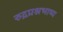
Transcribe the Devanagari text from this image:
रुद्रप्रश्नभाष्य